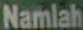
Namlah